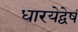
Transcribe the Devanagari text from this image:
धारयेद्वेषं